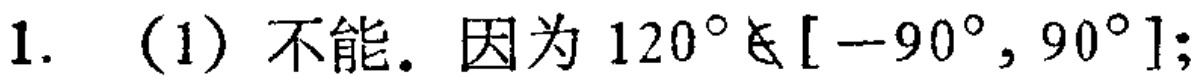
1. （1）不能. 因为 \(120^{\circ} \notin [-90^{\circ}, 90^{\circ}]\);